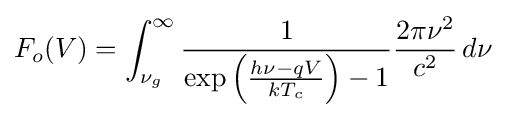
F_{o}(V)=\int _{\nu _{g}}^{\infty }{\frac {1}{\exp \left({\frac {h\nu -qV}{kT_{c}}}\right)-1}}{\frac {2\pi \nu ^{2}}{c^{2}}}\,d\nu